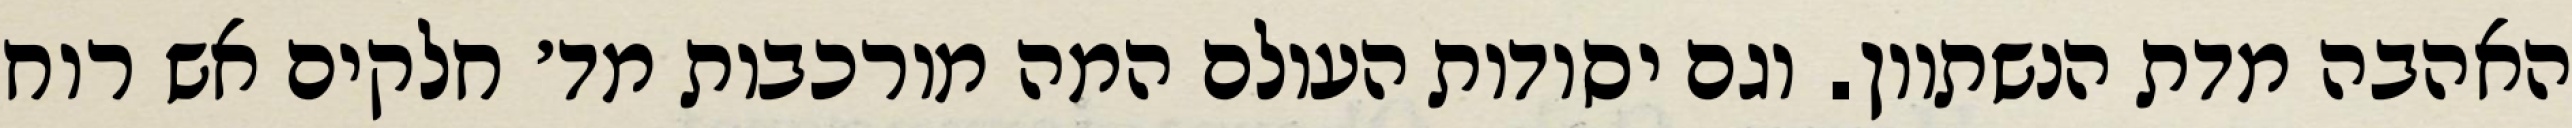
האהבה מדת הנשתוון. וגם יסודות העולם המה מורכבות מד׳ חלקים אש רוח